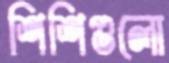
শিশিগুলো